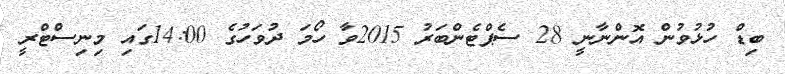
ބިޑް ހުޅުވުން އޮންނާނީ 28 ސެޕްޓެންބަރު 2015ވާ ހޯމަ ދުވަހުގެ 14:00ގައި މިނިސްޓްރީ